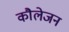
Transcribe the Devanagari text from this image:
कौलेजन